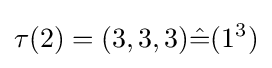
\tau (2)=(3,3,3){\hat {=}}(1^{3})